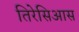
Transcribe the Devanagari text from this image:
तिरेसिआस